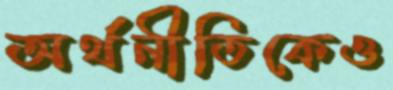
অর্থনীতিকেও